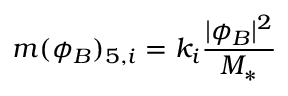
m ( \phi _ { B } ) _ { 5 , i } = k _ { i } \frac { | \phi _ { B } | ^ { 2 } } { M _ { * } }